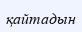
қайтадын